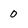
Character: 0